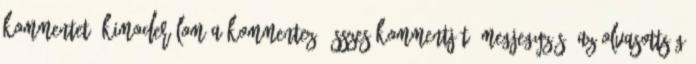
kommentet. Kimoderálom a kommentező összes kommentjét. Megjegyzés: Az olvasottság